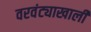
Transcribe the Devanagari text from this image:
वरवंट्याखाली